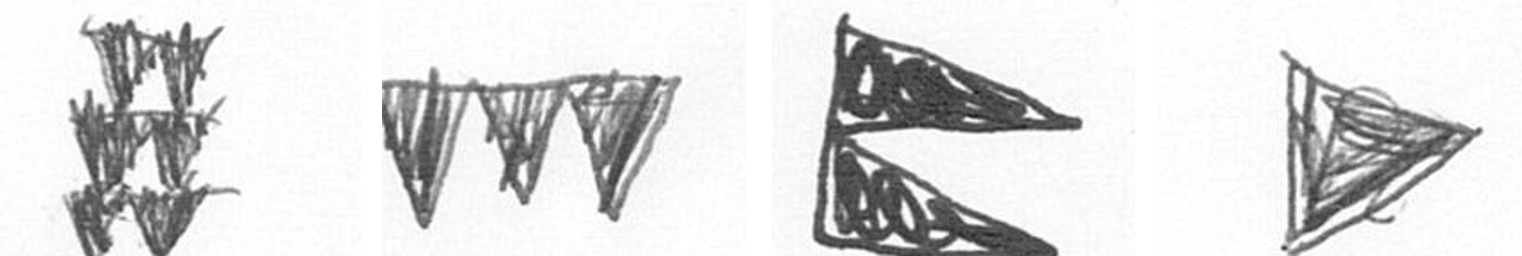
Y L P T